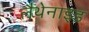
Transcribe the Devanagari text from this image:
लैथेनाइड